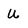
Character: U